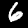
Label: 6